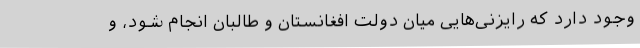
وجود دارد که رایزنی‌هایی میان دولت افغانستان و طالبان انجام شود، و